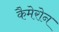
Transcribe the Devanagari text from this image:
कैमेरोन